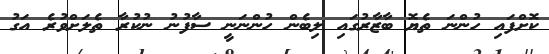
ކޮށްފައި ހުންނަ ތެޔޮ ބާޒާރުގައި ލިބެން ހުންނަނީ ސާފުނު ނުކުރާ ތެލަށްވުރެ އަގު